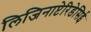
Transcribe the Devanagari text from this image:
लिजिनाप्टेरिडेसिई